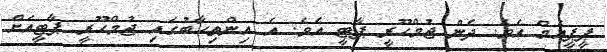
ޕީޕީއެމް އެވެ. ދެން ޖުމްހޫރީ ޕާޓީ އެވެ. އެ އިންތިހާބުގައި ޖުމްހޫރީ ޕާޓީއަށް